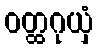
ဝတ္ထဂုယှံ